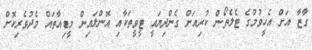
ގާޒާ އަށް އެހީވުމުގެ ޓެލެތޯން ކުރިއަށް ގެންދިޔައީ ޓީވީތަކާއި އޮންލައިން މީޑިއާތައް މެދުވެރިކޮށް